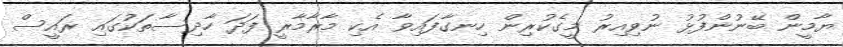
ޔާމީން ބޭނުންފުޅު ނުވިއިރު މީގެކުރިން ހިނގާފައިވާ އެކި މާރާމާރީ ފަދަ ހާދިސާތަކުގައި ރައީސް